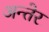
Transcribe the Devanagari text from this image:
अन्तेर